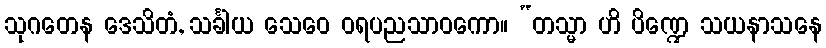
သုဂတေန ဒေသိတံ, သင်္ခါယ သေဝေ ဝရပညသာဝကော။ “တသ္မာ ဟိ ပိဏ္ဍေ သယနာသနေ